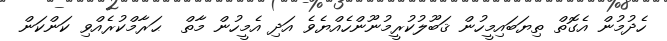
ހެދުމުން އެގޮތް ތިޔަބައިމީހުން ޤަބޫލުކުރީމުނޫންހެއްޔެވެ އަދި އެމީހުން މާތް  ޙަރާމްކުރެއްވި ކަންކަން